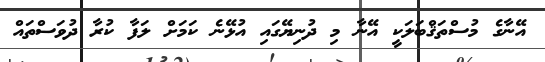
އޭނާގެ މުސްތަޤްބަލަކީ އޭނާ މި ދުނިޔޭގައި އުޅޭނެ ކަމަށް ލަފާ ކުރާ ދުވަސްތައް